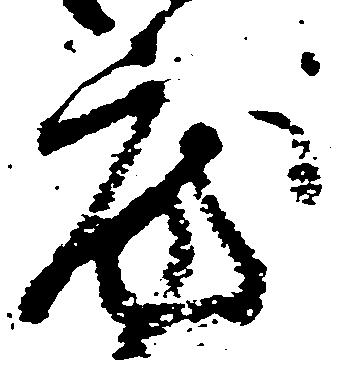
房